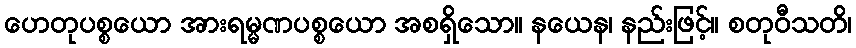
ဟေတုပစ္စယော အားရမ္မဏပစ္စယော အစရှိသော။ နယေန၊ နည်းဖြင့်။ စတုဝီသတိ၊